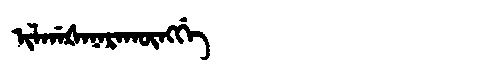
Manchu: ᡳᠯᡤᠠᡧᠠᠨᠠᡵᠠᡴᡡᠩᡤᡝ
Romanization: ILGAŠANARAKŪNGGE